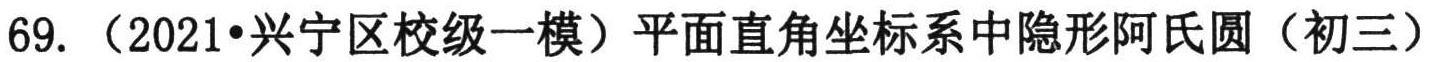
69. （2021•兴宁区校级一模）平面直角坐标系中隐形阿氏圆（初三）